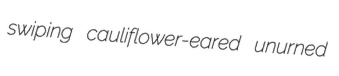
swiping cauliflower-eared unurned